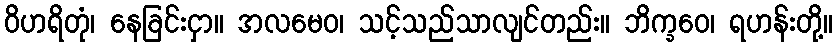
ဝိဟရိတုံ၊ နေခြင်းငှာ။ အလမေဝ၊ သင့်သည်သာလျင်တည်း။ ဘိက္ခဝေ၊ ရဟန်းတို့။